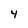
Character: 4